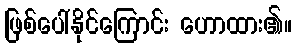
ဖြစ်ပေါ်နိုင်ကြောင်း ဟောထား၏။